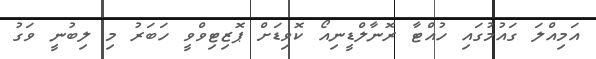
އަމިއްލަ ގައުމުގައި ހުއްޓާ ރޮނާލްޑީނިއޯ ކޮވިޑަށް ޕޮޒިޓިވްވީ ހަބަރު މި ލިބުނީ ވަގު